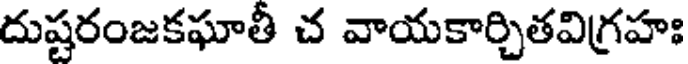
దుష్టరంజకఘాతీ చ వాయకార్చితవిగ్రహః